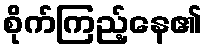
စိုက်ကြည့်နေ၏